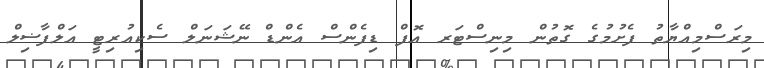
މިރަސްމިއްޔާތު ފެށުމުގެ ގޮތުން މިނިސްޓަރ އޮފް ޑިފެންސް އެންޑް ނޭޝަނަލް ސެކިއުރިޓީ އަލްފާޟިލް